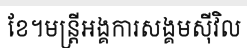
ខែ។មន្ត្រីអង្គការសង្គមស៊ីវិល